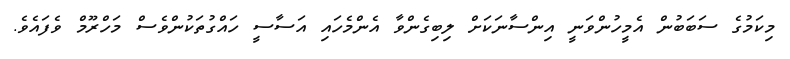
މިކަމުގެ ސަބަބުން އެމީހުންވަނީ އިންސާނަކަށް ލިބިގެންވާ އެންމެހައި އަސާސީ ހައްގުތަކުންވެސް މަހްރޫމް ވެފައެވެ.